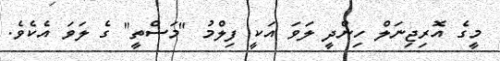
މީގެ އޮރިޖިނަލް ހިންދީ ލަވަ އަކީ ފިލްމު "މަސްތީ" ގެ ލަވަ އެކެވެ.